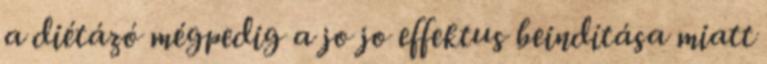
a diétázó mégpedig a jo jo effektus beindítása miatt